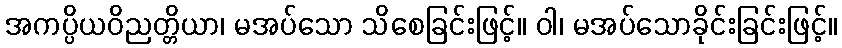
အကပ္ပိယဝိညတ္တိယာ၊ မအပ်သော သိစေခြင်းဖြင့်။ ဝါ၊ မအပ်သောခိုင်းခြင်းဖြင့်။